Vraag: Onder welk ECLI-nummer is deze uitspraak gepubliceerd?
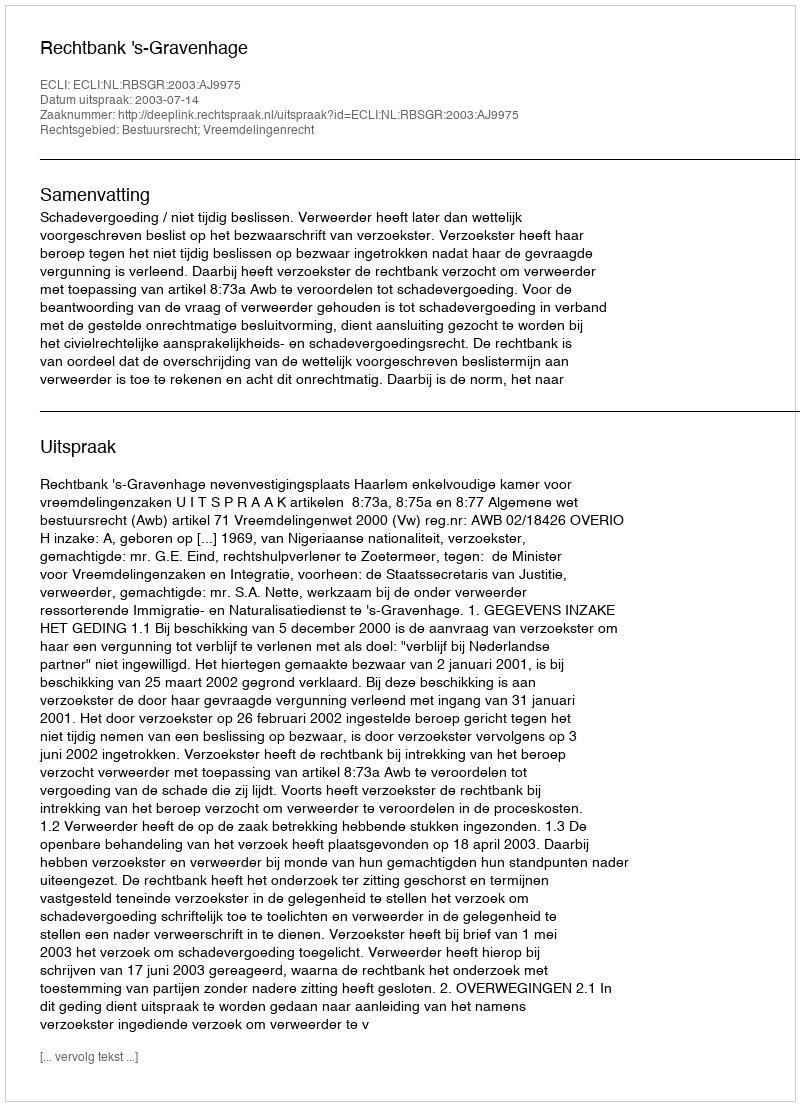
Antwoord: ECLI:NL:RBSGR:2003:AJ9975